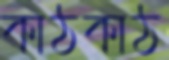
কাঠকাঠ